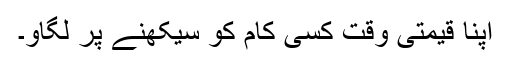
اپنا قیمتی وقت کسی کام کو سیکھنے پر لگاو۔